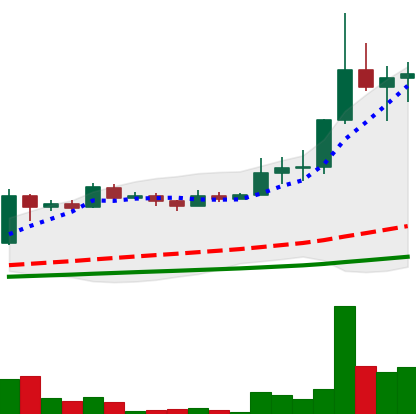
Ticker: LINK-USD
Chart end date: 2019-07-02
Forward return: -9.082%
Label: down_7plus